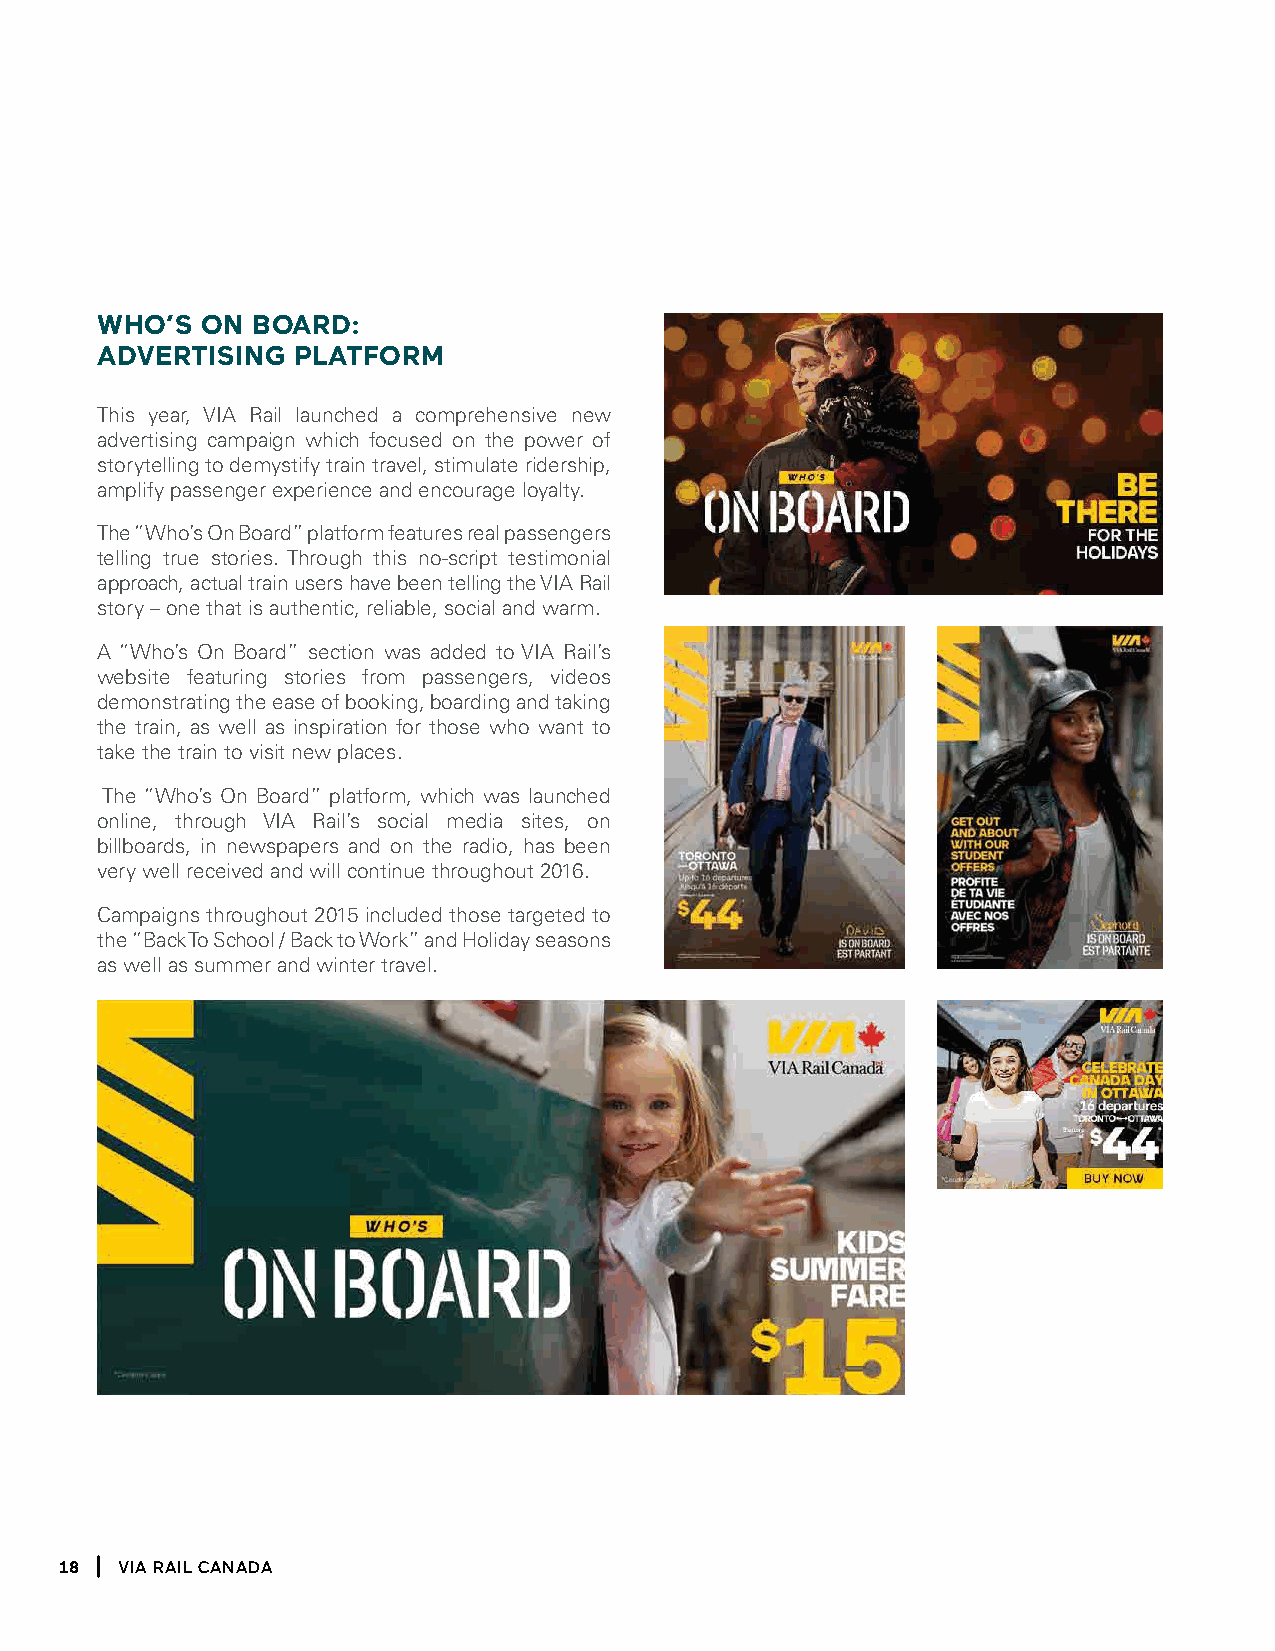
who’s  on  Board:
 advertising  platform
 This year, VIA Rail launched a comprehensive new
 advertising campaign which focused on the power of
 storytelling to demystify train travel, stimulate ridership,
 amplify passenger experience and encourage loyalty.
 The “Who’s On Board” platform features real passengers
 telling true stories. Through this no-script testimonial
 approach, actual train users have been telling the VIA Rail
 story – one that is authentic, reliable, social and warm.
 A “Who’s On Board” section was added to VIA Rail’s
 website featuring stories from passengers, videos
 demonstrating the ease of booking, boarding and taking
 the train, as well as inspiration for those who want to
 take the train to visit new places.
 The “Who’s On Board” platform, which was launched
 online, through VIA Rail’s social media sites, on
 billboards, in newspapers and on the radio, has been
 very well received and will continue throughout 2016.
 Campaigns throughout 2015 included those targeted to
 the “Back To School / Back to Work” and Holiday seasons
 as well as summer and winter travel.
 18  Via Rail Canada